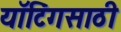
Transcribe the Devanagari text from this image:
यॉटिंगसाठी